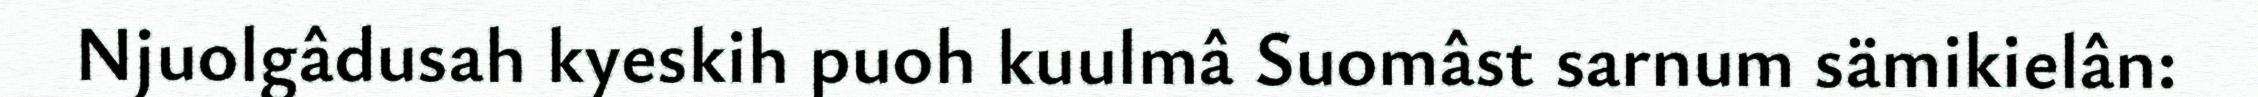
Njuolgâdusah kyeskih puoh kuulmâ Suomâst sarnum sämikielân: